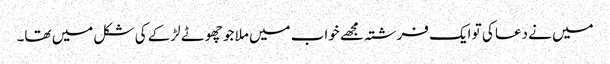
میں نے دعا کی تو ایک فرشتہ مجھے خواب میں ملا جو چھوٹے لڑکے کی شکل میں تھا۔